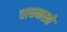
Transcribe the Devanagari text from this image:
वाघनखो